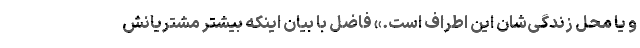
و یا محل زندگی‌شان این اطراف است.» فاضل با بیان اینکه بیشتر مشتریانش